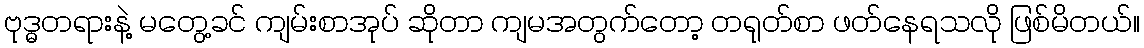
ဗုဒ္ဓတရားနဲ့ မတွေ့ခင် ကျမ်းစာအုပ် ဆိုတာ ကျမအတွက်တော့ တရုတ်စာ ဖတ်နေရသလို ဖြစ်မိတယ်။